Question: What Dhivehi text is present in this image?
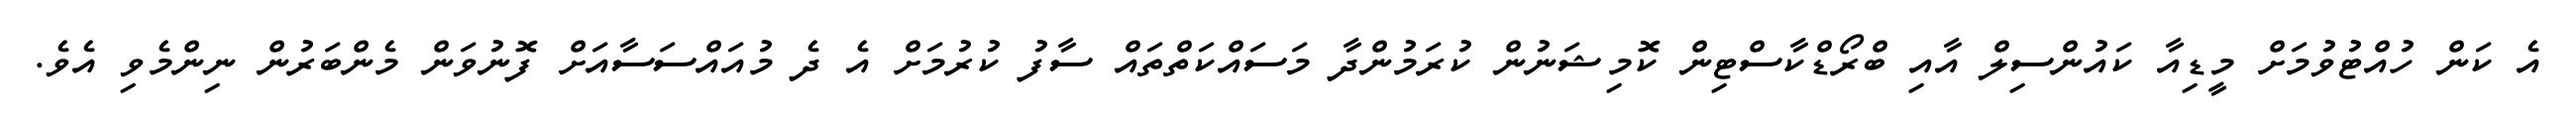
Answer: އެ ކަން ހުއްޓުވުމަށް މީޑިއާ ކައުންސިލް އާއި ބްރޯޑްކާސްޓިން ކޮމިޝަނުން ކުރަމުންދާ މަސައްކަތްތައް ސާފު ކުރުމަށް އެ ދެ މުއައްސަސާއަށް ފޮނުވަން މެންބަރުން ނިންމެވި އެވެ.